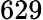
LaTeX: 629